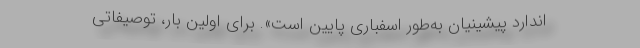
اندارد پیشینیان به‌طور اسفباری پایین است». برای اولین بار، توصیفاتی